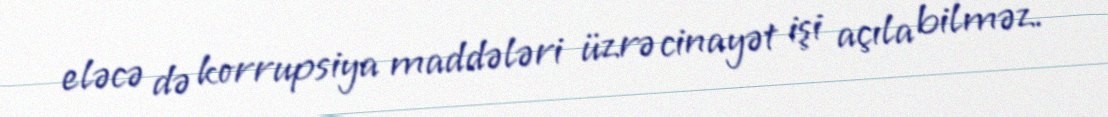
eləcə də korrupsiya maddələri üzrə cinayət işi açıla bilməz.